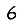
Digit: 6